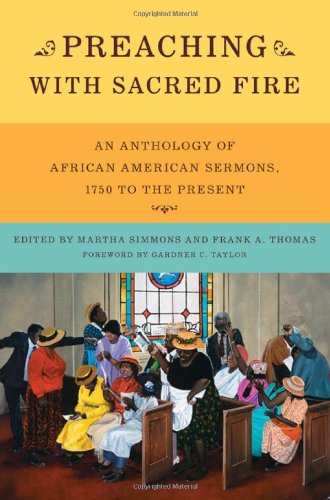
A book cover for Preaching with Sacred Fire: An Anthology of African American Sermons, 1750 to the Present; Christian Books & Bibles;